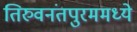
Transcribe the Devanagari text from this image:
तिरुवनंतपुरममध्ये